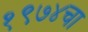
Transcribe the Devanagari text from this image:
१९७४चा